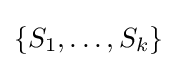
\{S_{1},\ldots ,S_{k}\}